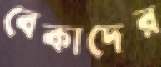
বেকাদের